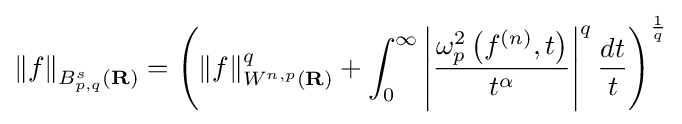
\left\|f\right\|_{B_{p,q}^{s}(\mathbf {R} )}=\left(\|f\|_{W^{n,p}(\mathbf {R} )}^{q}+\int _{0}^{\infty }\left|{\frac {\omega _{p}^{2}\left(f^{(n)},t\right)}{t^{\alpha }}}\right|^{q}{\frac {dt}{t}}\right)^{\frac {1}{q}}